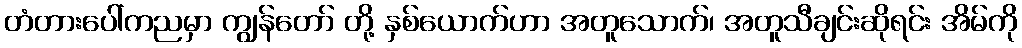
တံတားပေါ်ကညမှာ ကျွန်တော် တို့ နှစ်ယောက်ဟာ အတူသောက်၊ အတူသီချင်းဆိုရင်း အိမ်ကို